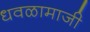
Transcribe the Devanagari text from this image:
धवळामाजी